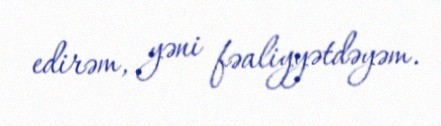
edirəm, yəni fəaliyyətdəyəm.